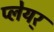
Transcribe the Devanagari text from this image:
प्लेयर्